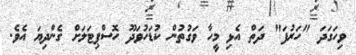
ވިހަގަދަ "ހަރުފަ" ދަތް އެޅި މީހާ ވަގުތުން ކުޑަހުވަދޫ ހޮސްޕިޓަލަށް ގެންދިޔަ އެވެ.